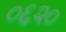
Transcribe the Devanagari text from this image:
०६२०